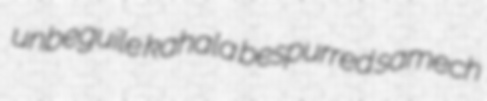
unbeguile kahala bespurred samech